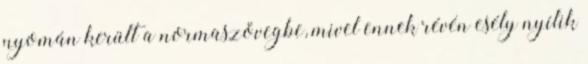
nyomán került a normaszövegbe, mivel ennek révén esély nyílik